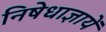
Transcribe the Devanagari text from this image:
निषेधाज्ञायें